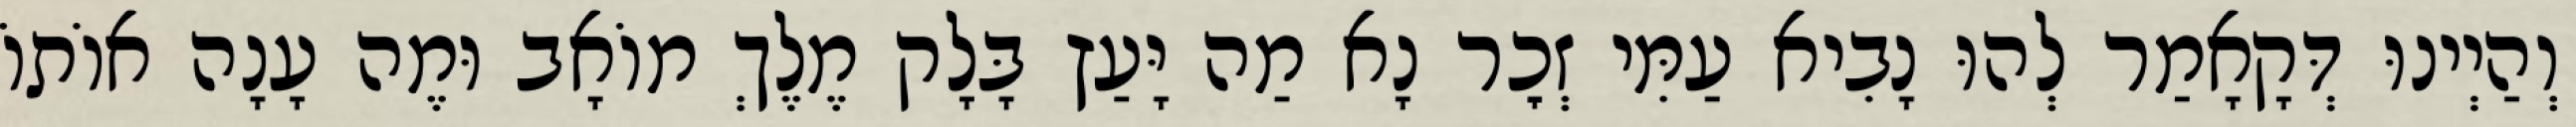
וְהַיְינוּ דְּקָאָמַר לְהוּ נָבִיא עַמִּי זְכׇר נָא מַה יָּעַץ בָּלָק מֶלֶךְ מוֹאָב וּמֶה עָנָה אוֹתוֹ